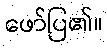
ဖော်ပြ၏။